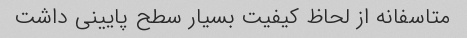
متاسفانه از لحاظ کیفیت بسیار سطح پایینی داشت